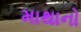
માથાનો